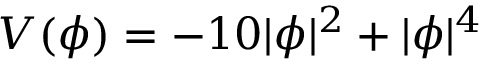
V ( \phi ) = - 1 0 | \phi | ^ { 2 } + | \phi | ^ { 4 }